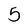
Character: 5